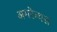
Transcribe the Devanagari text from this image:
अमरेन्थस